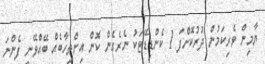
ޔާމިން ވެރިކަމުން ދުރުކޮށްފަ 1 ކެންޑިޑޭޓަކު ނެރެގެން ކޮން އިންތިހާބެއް ބޭއްވޭނީ ފެންނަ